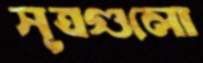
সূত্রগুলো